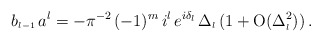
\begin{align*}b_{\scriptscriptstyle{l-1}}\,a^l=-\pi^{-2}\,(-1)^m\,i^{l}\, e^{i \delta_{\scriptscriptstyle{l}}}\,\Delta_{\scriptscriptstyle{l}}\,( 1 + \mbox{O} (\Delta_{\scriptscriptstyle{l}}^2) )\,.\end{align*}